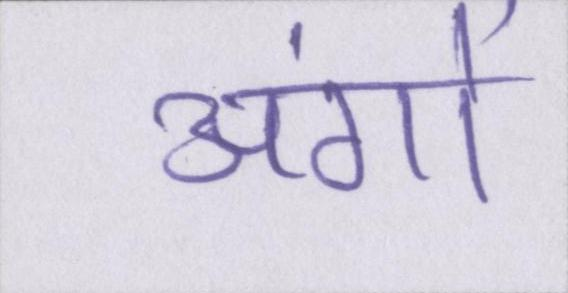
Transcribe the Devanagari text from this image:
अंगों